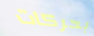
بحركات